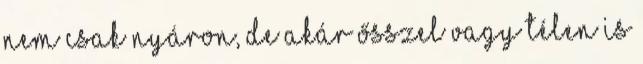
nem csak nyáron, de akár ősszel vagy télen is